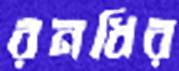
রনধির